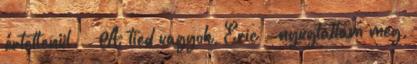
értetlenül. - A tied vagyok, Eric - nyugtattam meg,